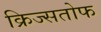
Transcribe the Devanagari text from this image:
क्रिज्सतोफ